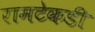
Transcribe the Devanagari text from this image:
रामटेकडी